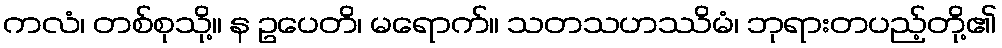
ကလံ၊ တစ်စုသို့။ န ဥပေတိ၊ မရောက်။ သတသဟဿိမံ၊ ဘုရားတပည့်တို့၏